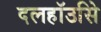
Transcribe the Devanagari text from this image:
दलहॉउसिे